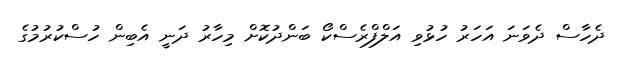
ދެހާސް ދެވަނަ އަހަރު ހުޅުވި އަލްފްރެސްކޯ ބަންދުކޮށް މިހާރު ދަނީ އެބިން ހުސްކުރުމުގެ